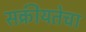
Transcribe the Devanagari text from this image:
सक्रीयतेचा